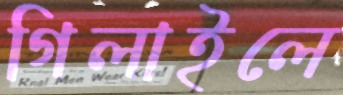
গিলাইলে